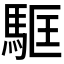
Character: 𩢼